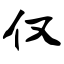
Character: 仅